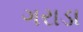
ગરાડા